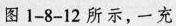
图1-8-12所示，一充